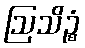
ဩသိဉ္စံ